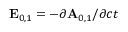
\mathbf { E } _ { 0 , 1 } = - \partial \mathbf { A } _ { 0 , 1 } / \partial c t